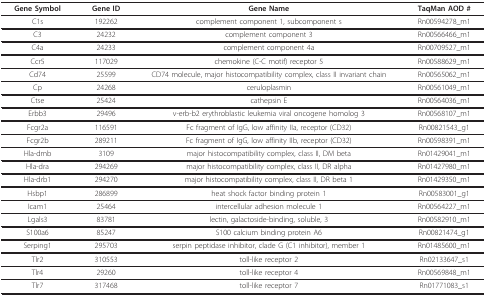
| Gene Symbol | Gene ID | Gene Name | TaqMan AOD # |
 | --- | --- | --- | --- |
 | C1s | 192262 | complement component 1, subcomponent s | Rn00594278_m1 |
 | C3 | 24232 | complement component 3 | Rn00566466_m1 |
 | C4a | 24233 | complement component 4a | Rn00709527_m1 |
 | Ccr5 | 117029 | chemokine (C-C motif) receptor 5 | Rn00588629_m1 |
 | Cd74 | 25599 | CD74 molecule, major histocompatibility complex, class II invariant chain | Rn00565062_m1 |
 | Cp | 24268 | ceruloplasmin | Rn00561049_m1 |
 | Ctse | 25424 | cathepsin E | Rn00564036_m1 |
 | Erbb3 | 29496 | v-erb-b2 erythroblastic leukemia viral oncogene homolog 3 | Rn00568107_m1 |
 | Fcgr2a | 116591 | Fc fragment of IgG, low affinity IIa, receptor (CD32) | Rn00821543_g1 |
 | Fcgr2b | 289211 | Fc fragment of IgG, low affinity IIb, receptor (CD32) | Rn00598391_m1 |
 | Hla-dmb | 3109 | major histocompatibility complex, class II, DM beta | Rn01429041_m1 |
 | Hla-dra | 294269 | major histocompatibility complex, class II, DR alpha | Rn01427980_m1 |
 | Hla-drb1 | 294270 | major histocompatibility complex, class II, DR beta 1 | Rn01429350_m1 |
 | Hsbp1 | 286899 | heat shock factor binding protein 1 | Rn00583001_g1 |
 | Icam1 | 25464 | intercellular adhesion molecule 1 | Rn00564227_m1 |
 | Lgals3 | 83781 | lectin, galactoside-binding, soluble, 3 | Rn00582910_m1 |
 | S100a6 | 85247 | S100 calcium binding protein A6 | Rn00821474_g1 |
 | Serping1 | 295703 | serpin peptidase inhibitor, clade G (C1 inhibitor), member 1 | Rn01485600_m1 |
 | Tlr2 | 310553 | toll-like receptor 2 | Rn02133647_s1 |
 | Tlr4 | 29260 | toll-like receptor 4 | Rn00569848_m1 |
 | Tlr7 | 317468 | toll-like receptor 7 | Rn01771083_s1 |